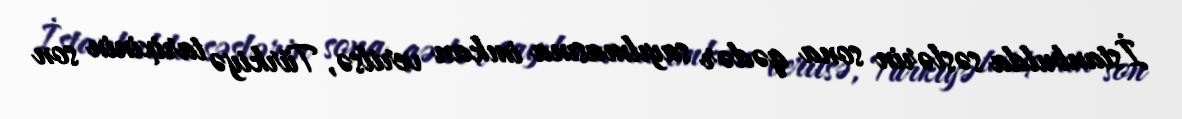
İstanbulda səslərin sona qədər sayılmasına imkan verilsə, Türkiyə tarixinin son